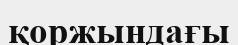
қоржындағы